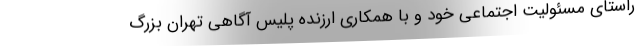
راستای مسئولیت اجتماعی خود و با همکاری ارزنده پلیس آگاهی تهران بزرگ